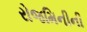
રોજમિનીની